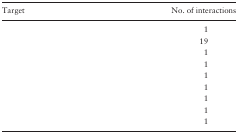
<table><thead><tr><td><b>Target</b></td><td><b>No. of interactions</b></td></tr></thead><tbody><tr><td>[EMPTY_CELL]</td><td>1</td></tr><tr><td>[EMPTY_CELL]</td><td>19</td></tr><tr><td>[EMPTY_CELL]</td><td>1</td></tr><tr><td>[EMPTY_CELL]</td><td>1</td></tr><tr><td>[EMPTY_CELL]</td><td>1</td></tr><tr><td>[EMPTY_CELL]</td><td>1</td></tr><tr><td>[EMPTY_CELL]</td><td>1</td></tr><tr><td>[EMPTY_CELL]</td><td>1</td></tr><tr><td>[EMPTY_CELL]</td><td>1</td></tr></tbody></table>